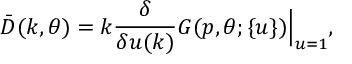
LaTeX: \bar { D } ( k , \theta ) = k \frac { \delta } { \delta u ( k ) } G ( p , \theta ; \{ u \} ) \Big | _ { u = 1 } ,